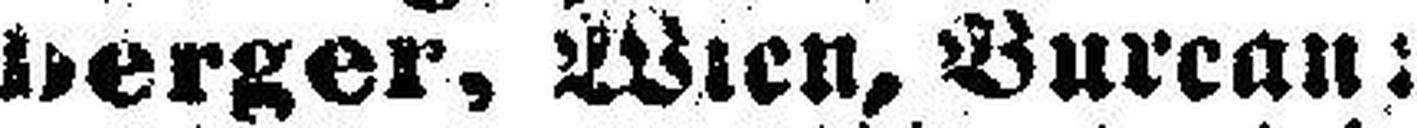
berger, Wien, Bureau: